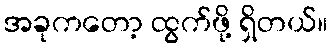
အခုကတော့ ထွက်ဖို့ ရှိတယ်။